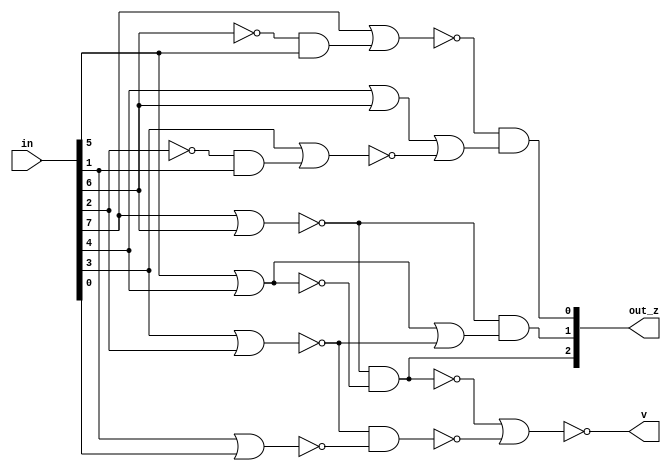
module lzc_miao_8 (
  input [7:0] in,
  output wire [2:0] out_z,
  output wire v
  );
  wire q1, q2, q3, q4, q5, q6, q7;
  wire g1, g2, g3, g4;

  assign q1 = !(in[7] | in[6]);
  assign q2 = !(in[7] | (!in[6] & in[5]));
  assign q3 = !(in[5] | in[4]);
  assign q4 = in[4] | in[6];
  assign q5 = !(in[3] | in[2]);
  assign q6 = !(in[3] | (!in[2] & in[1]));
  assign q7 = !(in[1] | in[0]);

  assign g1 = q1 & q3;
  assign g2 = q1 & (!q3 | q5);
  assign g3 = q2 & (q4 | q6);
  assign g4 = q5 & q7;

  assign out_z[0] = g3;
  assign out_z[1] = g2;
  assign out_z[2] = g1;
  assign v = !(!g1 | !g4);
endmodule